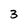
Character: 3